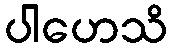
ပါဟေသိ